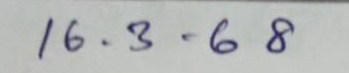
16 . 3 .68